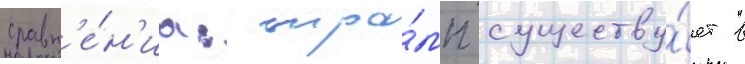
сравн'е́н'иа: тра́мп существу́ет в